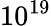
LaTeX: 10^{19}